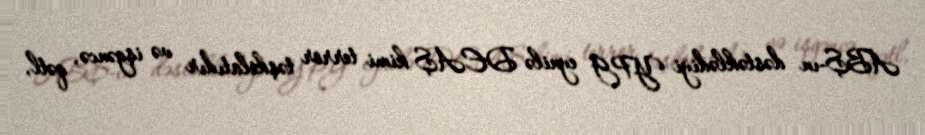
ABŞ-ın dəstəklədiyi YPG eynilə DEAŞ kimi terror təşkilatıdır və işgəncə, qətl,